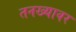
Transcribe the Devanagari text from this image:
तनख्यावर